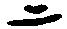
二